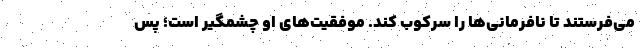
می‌فرستند تا نافرمانی‌ها را سرکوب کند. موفقیت‌های او چشمگیر است؛ پس